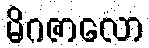
မိဂဇာလော